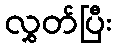
လွှတ်ပြီး